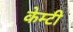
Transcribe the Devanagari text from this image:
केम्टी